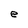
Character: e